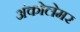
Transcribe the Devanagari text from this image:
अंकोलेमर